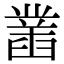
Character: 凿